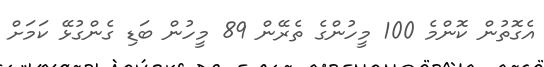
އެގޮތުން ކޮންމެ 100 މީހުންގެ ތެރޭން 89 މީހުން ބަޑި ގެންގުޅޭ ކަމަށް